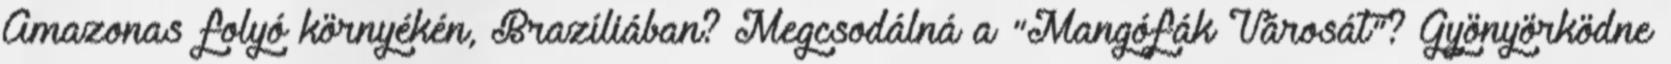
Amazonas folyó környékén, Brazíliában? Megcsodálná a "Mangófák Városát"? Gyönyörködne